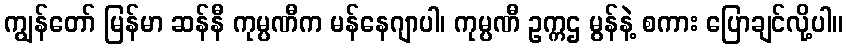
ကျွန်တော် မြန်မာ ဆန်နီ ကုမ္ပဏီက မန်နေဂျာပါ၊ ကုမ္ပဏီ ဥက္ကဌ မွန်နဲ့ စကား ပြောချင်လို့ပါ။